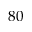
8 0